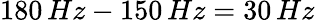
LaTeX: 180\, Hz-150\, Hz=30\, Hz